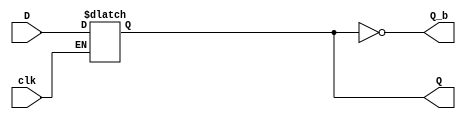
`timescale 1ns / 1ps
//////////////////////////////////////////////////////////////////////////////////
// Company: 
// Engineer: 
// 
// Design Name: 
// Module Name: D_latch
// Project Name: 
// Target Devices: 
// Tool Versions: 
// Description: 
// 
// Dependencies: 
// 
// Revision:
// Revision 0.01 - File Created
// Additional Comments:
// 
//////////////////////////////////////////////////////////////////////////////////

//level triggered
//behavioral modeling
module D_latch(
    input D,
    input clk,
    output reg Q, //needs to be a reg since it is assigned in an always statement
    output  Q_b //for q_bar or NOT of Q
    );
    
    assign Q_b = ~Q; //q_b = NOT of Q
    always@(D, clk)
    begin
        Q = Q;
        if (clk) //if clk is asserted (clk = 1)
            Q = D;
        else
            Q = Q;    //nothing changes if clk is 0
                      //else is not needed for sequential ckt but is included as a good habit since it is needed for combinational ckts
    end
    
endmodule